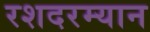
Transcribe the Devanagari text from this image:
रशदरम्यान